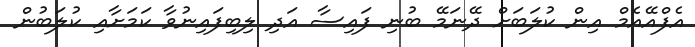
އެފްއޭއެމް އިން ކުލަބަށް ދޭނަމޭ ބުނި ފައިސާ އަދި ލިބިފައިނުވާ ކަމަށާއި ކުލަބުން